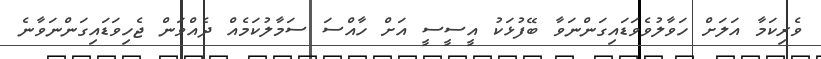
ވެރިކަމާ އަލަށް ހަވާލުވެވަޑައިގަންނަވާ ބޭފުޅަކު އީސީސީ އަށް ހާއްސަ ސަމާލުކަމެއް ދެއްވަން ޖެހިވަޑައިގަންނަވާނެ